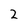
Character: 2